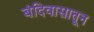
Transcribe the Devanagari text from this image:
बंदिवासातून